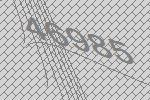
46985